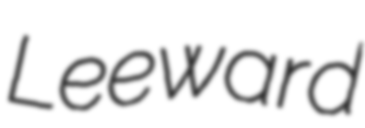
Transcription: Leeward